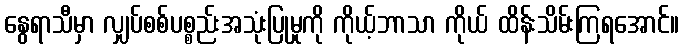
နွေရာသီမှာ လျှပ်စစ်ပစ္စည်းအသုံးပြုမှုကို ကိုယ့်ဘာသာ ကိုယ် ထိန်းသိမ်းကြရအောင်။